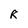
Character: R